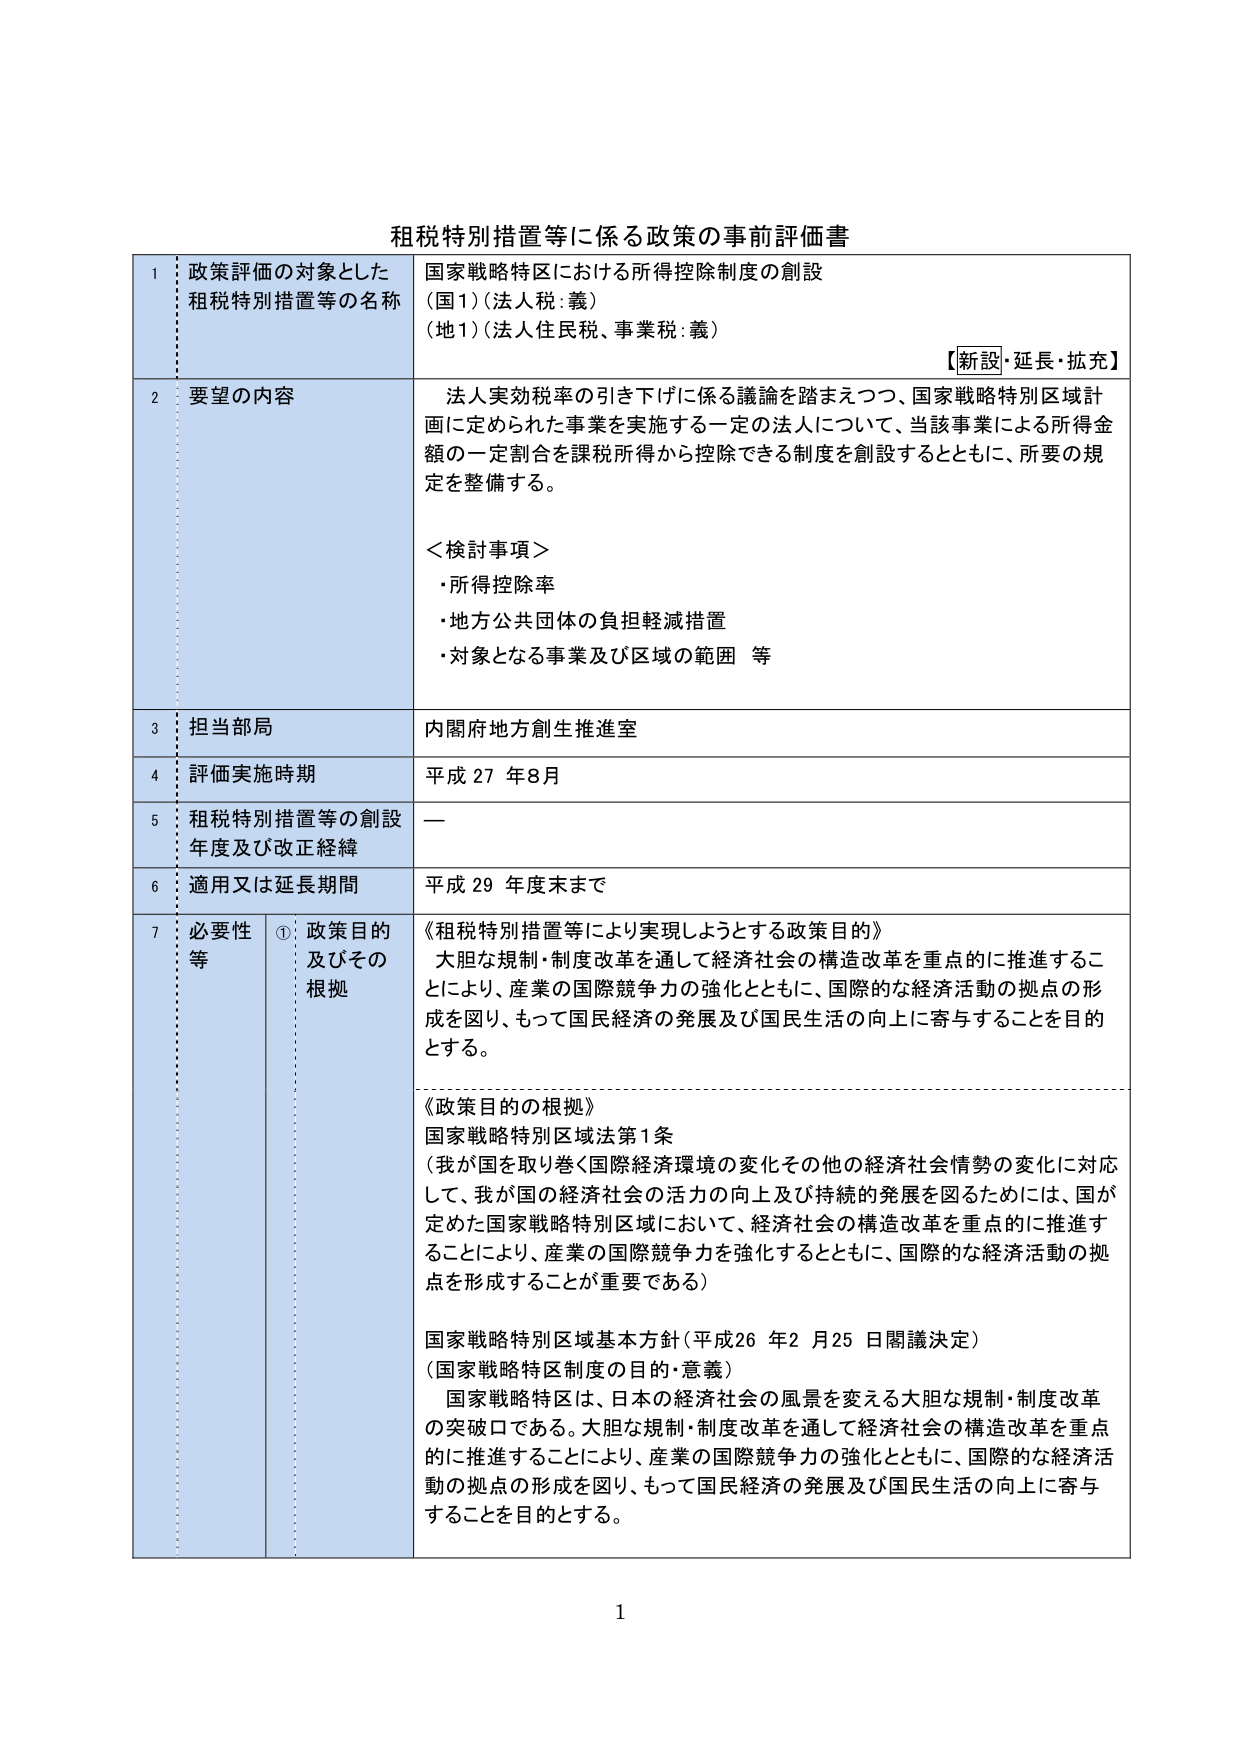
租税特別措置等に係る政策の事前評価書

1 政策評価の対象とした租税特別措置等の名称
国家戦略特区における所得控除制度の創設
（国1）（法人税：義）
（地1）（法人住民税、事業税：義）
【新設・延長・拡充】

2 要望の内容
法人実効税率の引き下げに係る議論を踏まえつつ、国家戦略特別区域計画に定められた事業を実施する一定の法人について、当該事業による所得金額の一定割合を課税所得から控除できる制度を創設するとともに、所要の規定を整備する。

＜検討事項＞
・所得控除率
・地方公共団体の負担軽減措置
・対象となる事業及び区域の範囲 等

3 担当部局
内閣府地方創生推進室

4 評価実施時期
平成27年8月

5 租税特別措置等の創設年度及び改正経緯
—

6 適用又は延長期間
平成29年度末まで

7 必要性等
① 政策目的及びその根拠
《租税特別措置等により実現しようとする政策目的》
大胆な規制・制度改革を通じて経済社会の構造改革を重点的に推進することにより、産業の国際競争力の強化とともに、国際的な経済活動の拠点の形成を図り、もって国民経済の発展及び国民生活の向上に寄与することを目的とする。

《政策目的の根拠》
国家戦略特別区域法第1条
（我が国を取り巻く国際経済環境の変化その他の経済社会情勢の変化に対応して、我が国の経済社会の活力の向上及び持続的発展を図るためには、国が定めた国家戦略特別区域において、経済社会の構造改革を重点的に推進することにより、産業の国際競争力を強化するとともに、国際的な経済活動の拠点を形成することが重要である）

国家戦略特別区域基本方針（平成26年2月25日閣議決定）
（国家戦略特別区制度の目的・意義）
国家戦略特区は、日本の経済社会の風景を変える大胆な規制・制度改革の突破口である。大胆な規制・制度改革を通じて経済社会の構造改革を重点的に推進することにより、産業の国際競争力の強化とともに、国際的な経済活動の拠点の形成を図り、もって国民経済の発展及び国民生活の向上に寄与することを目的とする。

1